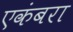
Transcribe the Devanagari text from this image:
एकंबरा